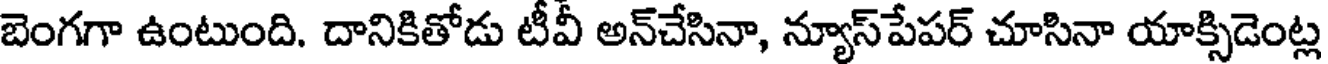
బెంగగా ఉంటుంది. దానికితోడు టీవీ అన్చేసినా, న్యూస్పేపర్ చూసినా యాక్సిడెంట్ల